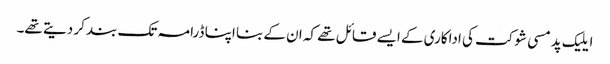
ایلیک پدمسی شوکت کی اداکاری کے ایسے قائل تھے کہ ان کے بنا اپنا ڈرامہ تک بند کر دیتے تھے۔